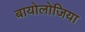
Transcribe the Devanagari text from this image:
बायोलोजिया